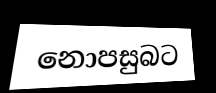
නොපසුබට